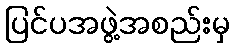
ပြင်ပအဖွဲ့အစည်းမှ